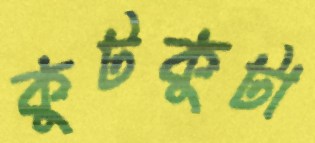
কুটকুটা